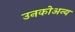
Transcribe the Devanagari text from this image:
उनकोअन्य